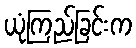
ယုံကြည်ခြင်းက